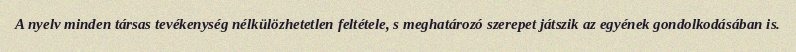
A nyelv minden társas tevékenység nélkülözhetetlen feltétele, s meghatározó szerepet játszik az egyének gondolkodásában is.